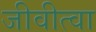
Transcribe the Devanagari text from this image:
जीवीत्वा